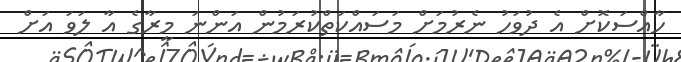
ހާއްސަކޮށް އެ ދުވަހު ނެރުމަށް މަސައްކަތްކުރަމުން އަންނަ މީރާގެ އާ ލަވަ އަށް